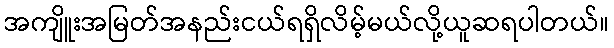
အကျိူးအမြတ်အနည်းငယ်ရရှိလိမ့်မယ်လို့ယူဆရပါတယ်။